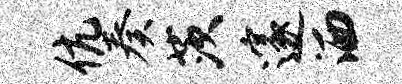
伉奏茨邃洒